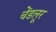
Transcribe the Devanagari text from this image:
चेंडलूर